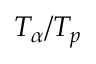
T _ { \alpha } / T _ { p }